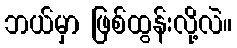
ဘယ်မှာ ဖြစ်ထွန်းလို့လဲ။